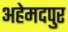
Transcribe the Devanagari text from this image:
अहेमदपुर